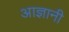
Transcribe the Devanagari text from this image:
आज्ञानी